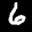
Label: 6